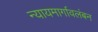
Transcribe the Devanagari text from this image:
न्यायमार्गावलंबन